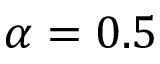
\alpha = 0 . 5